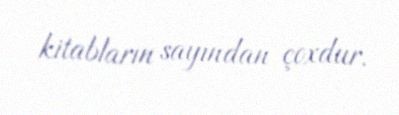
kitabların sayından çoxdur.